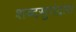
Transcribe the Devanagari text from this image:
शब्दसुरांद्वारा